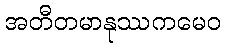
အတီတမာနုဿကမေဝ